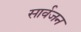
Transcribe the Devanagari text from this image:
सार्वजन